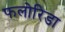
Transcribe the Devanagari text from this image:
फलोरिडा